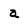
Character: a